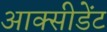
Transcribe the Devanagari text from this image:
आक्सीडेंट